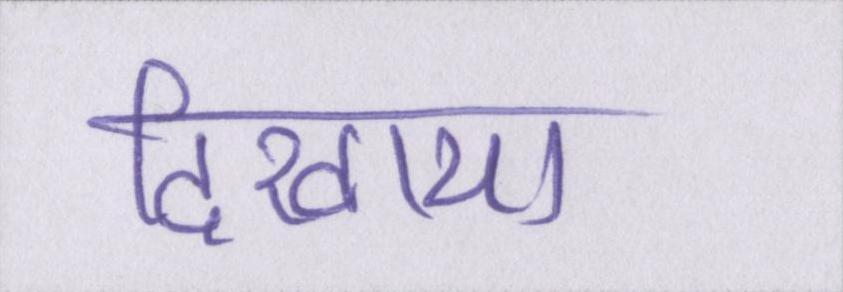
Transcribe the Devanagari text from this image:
दिखाया